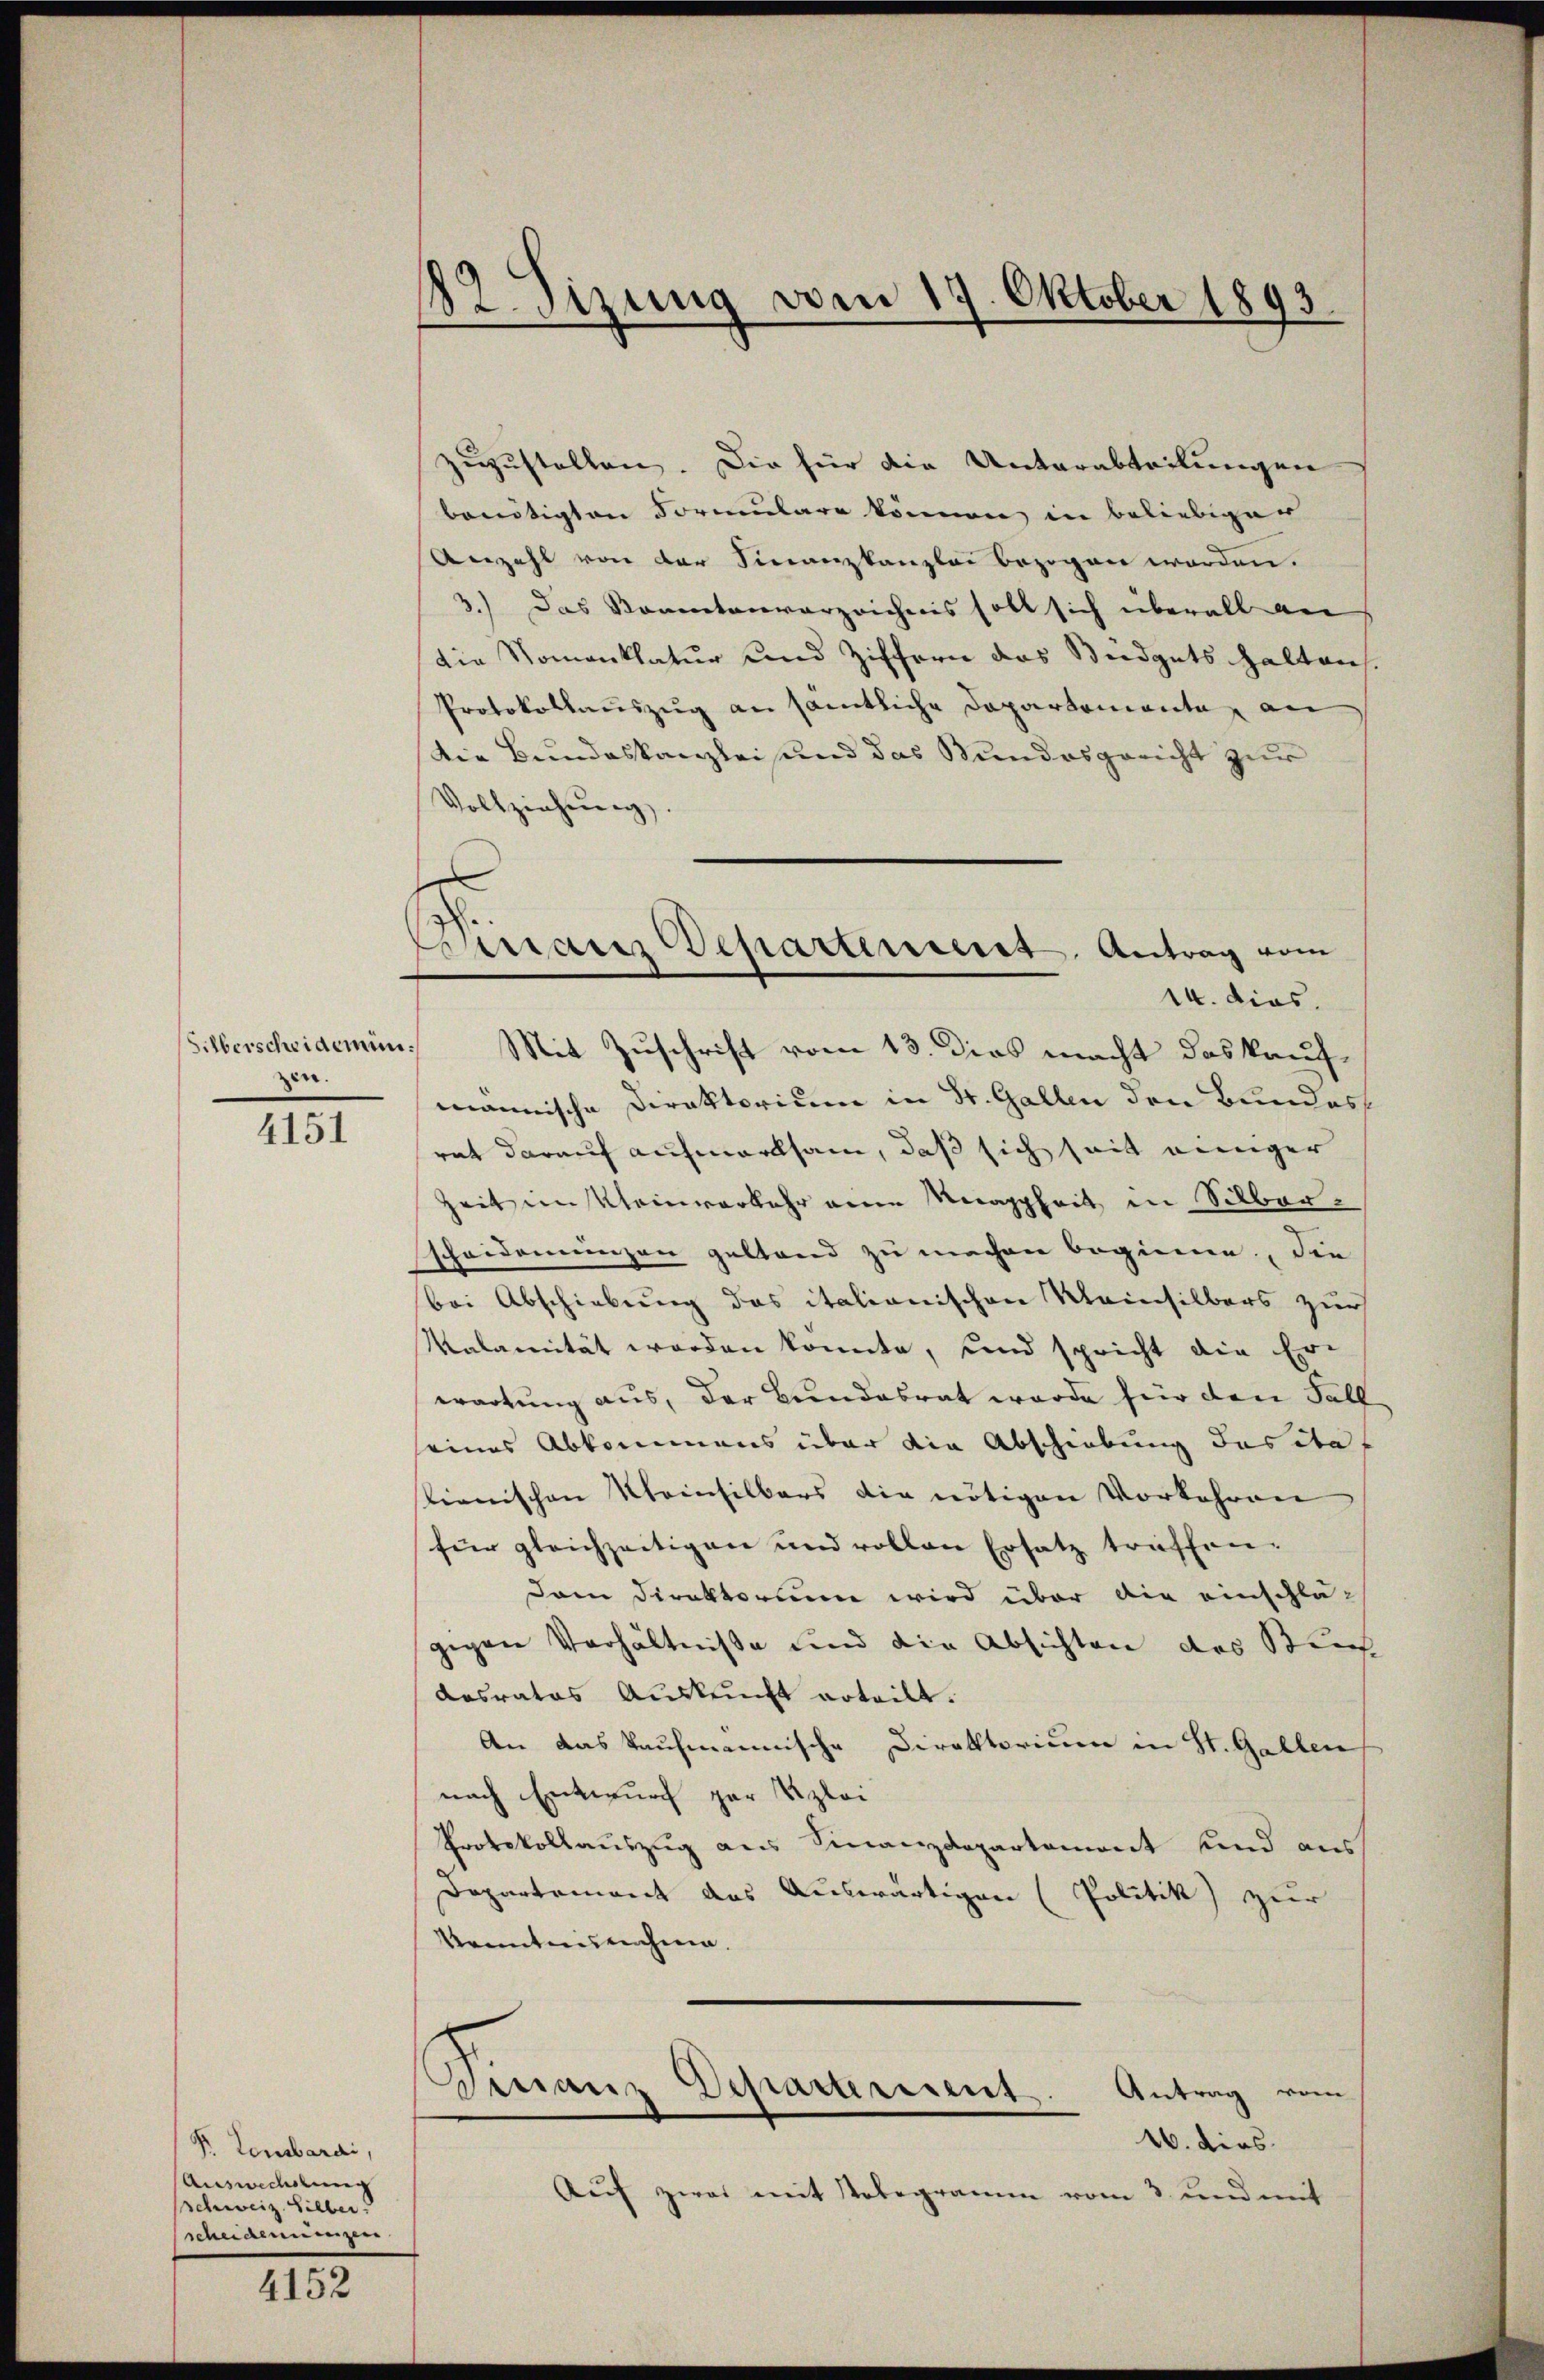
Silberscheidemünzin.

4151

P. Lombardi,
Auswechslung
schweiz. Silber.
scheiderungen

4152

182. Sizung vom 19. Oktober 1893.

Sinair Departement Antrag vom
14. dies
Mit Zuschrift vom 13. Dies macht das kauf¬

zuzustellen. Die für die Unterabteilungen
benötigten Formulare können in beliebiger
Anzahl von der Finanzkanzlei bezogen worden.
3.) Das Sonntenverzeichnis soll sich überall an
Die Nomanklatur und Ziffern das Büdgets halten
Protokollauszug an sämtliche Departemente, an
Die Bundeskanzlei und das Bundesgericht zur
Vollziehŭng.
mannische Direktorium in St. Gallen den Bundes
rat darauf aufmerksam, daß sich seit einiger
Zeit in Kleinverkehr eine Nagyheit in Silberscheiderungen geltend zu machen beginne, die
bei Abschiebung das italionischen Kleinsilbers zur
Malanität worden konnte, und spricht die Er-
wartung aus, der Bundesrat wurde für den Fall
eines Abkommens über die Abschiebung das ita
lienischen Kleinsilbers die nötigen Vorkehren
für gleichzeitigen und vollen Ersatz treffen.
Dem Direktorium wird über die einschlä-
gegen Verhältniße und die Absichten des Buch
desrates Auskunft erteilt.
An das kaufmannische Direktorium in St. Gallen
nach Entwurf zur Klei
Protokollauszug aus Finanzdepartemont sind aus
Departement das Auswärtigen (Politik zur
kanntnisnahme.
mnanz Departement. Antrag vom
16. dies
Auf zwai mit Telegramm vom 3. und mit